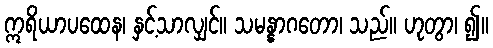
ဣရိယာပထေန၊ နှင့်သာလျှင်။ သမန္နာဂတော၊ သည်။ ဟုတွာ၊ ၍။